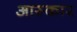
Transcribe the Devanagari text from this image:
आस्कार